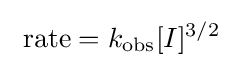
\ {\text{rate}}=k_{\text{obs}}[I]^{3/2}